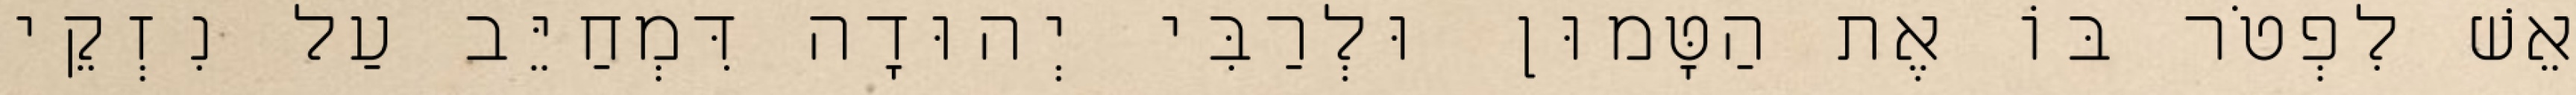
אֵשׁ לִפְטֹר בּוֹ אֶת הַטָּמוּן וּלְרַבִּי יְהוּדָה דִּמְחַיֵּב עַל נִזְקֵי